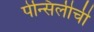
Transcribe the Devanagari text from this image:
पेन्सिलीची